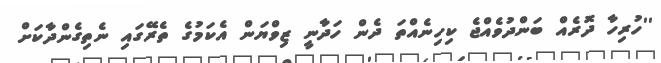
''ހުރިހާ ދޮރެއް ބަންދުވެއްޖެ ކިހިނެއްތަ ދެން ހަދާނީ ޒިވްޔަން އެކަމުގެ ތެރޭގައި ނެތިގެންދާކަށް